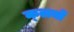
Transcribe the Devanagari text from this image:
क्‍लबों